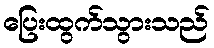
ပြေးထွက်သွားသည်